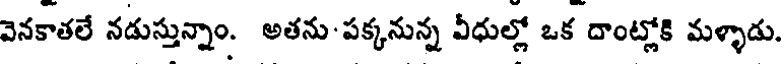
వెనకాతలే నడుస్తున్నాం. అతను-పక్కనున్న వీధుల్లో ఒక దాంట్లోకి మళ్ళాడు.